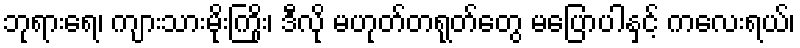
ဘုရားရေ၊ ကျားသားမိုးကြိုး၊ ဒီလို မဟုတ်တရုတ်တွေ မပြောပါနှင့် ကလေးရယ်၊